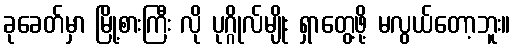
ခုခေတ်မှာ မြို့စားကြီး လို ပုဂ္ဂိုလ်မျိုး ရှာတွေ့ဖို့ မလွယ်တော့ဘူး။